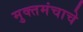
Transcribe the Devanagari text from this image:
मुक्तमंचाचे